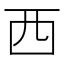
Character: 西